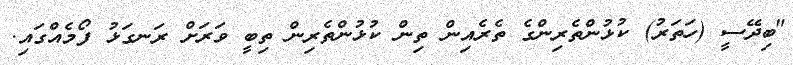
"ބިދޭސީ (ހަތަރު) ކުޅުންތެރިންގެ ތެރެއިން ތިން ކުޅުންތެރިން ތިބީ ވަރަށް ރަނގަޅު ފޯމެއްގައި.